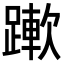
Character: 𨅄